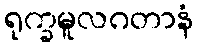
ရုက္ခမူလဂတာနံ